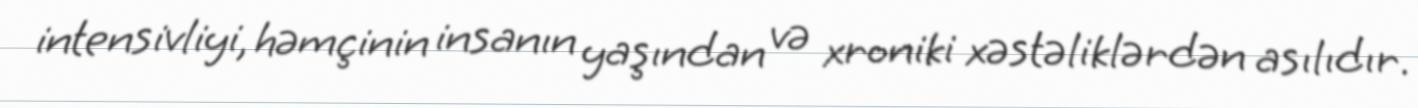
intensivliyi, həmçinin insanın yaşından və xroniki xəstəliklərdən asılıdır.